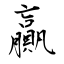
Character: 贏